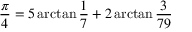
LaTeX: { \frac { \pi } { 4 } } = 5 \arctan { \frac { 1 } { 7 } } + 2 \arctan { \frac { 3 } { 7 9 } }